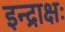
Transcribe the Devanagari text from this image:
इन्द्राक्षः